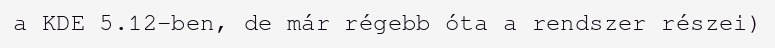
a KDE 5.12-ben, de már régebb óta a rendszer részei)